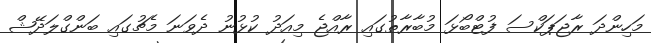
މަހިންދަ ރާޖަޕަކްސަ ފުޓްބޯޅަ މުބާރާތުގައި ރާއްޖެ މިއަދު ކުޅުނު ދެވަނަ މެޗުގައި ބަންގްލަދޭޝް